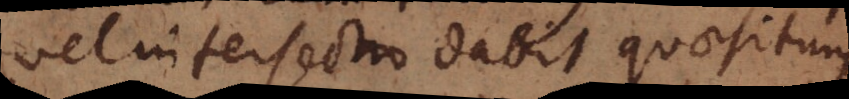
vel intersectio dabit quaesitum